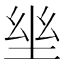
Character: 𡋢